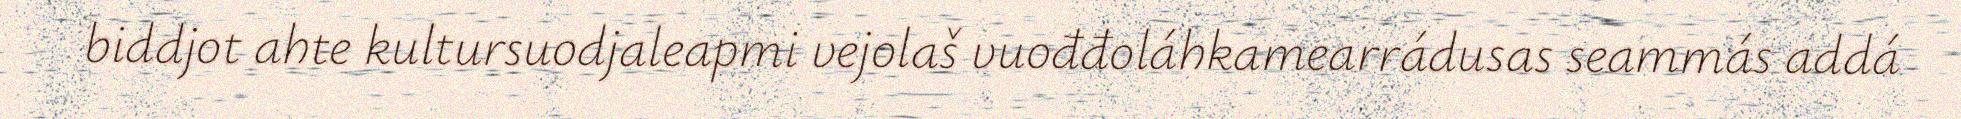
biddjot ahte kultursuodjaleapmi vejolaš vuođđoláhkamearrádusas seammás addá